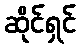
ဆိုင်ရှင်